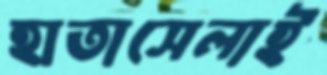
হাতাসেলাই